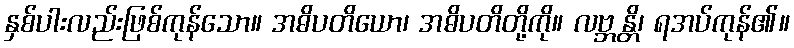
နှစ်ပါးလည်းဖြစ်ကုန်သော။ အဓိပတိယော၊ အဓိပတိတို့ကို။ လဗ္ဘန္တိ၊ ရအပ်ကုန်၏။